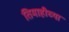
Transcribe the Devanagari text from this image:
तिमाहीच्या